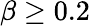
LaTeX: \beta\geq 0.2